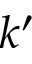
k ^ { \prime }